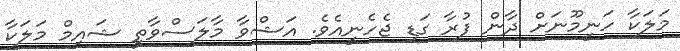
މަލަކާ ހަނީމޫނަށް ދާން ފުރާ ގަޑި ޖެހެނީއެވެ. އަޝްވާ މާލަސްވާތީ ޝައިމް މަލަކާ